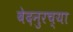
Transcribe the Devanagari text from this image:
बेदनुरच्या